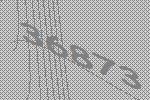
36873